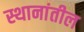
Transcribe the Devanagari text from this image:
स्थानांतील